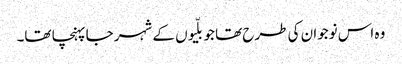
وہ اس نوجوان کی طرح تھا جو بلّیوں کے شہر جا پہنچا تھا۔